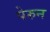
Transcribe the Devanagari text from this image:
पेरुन